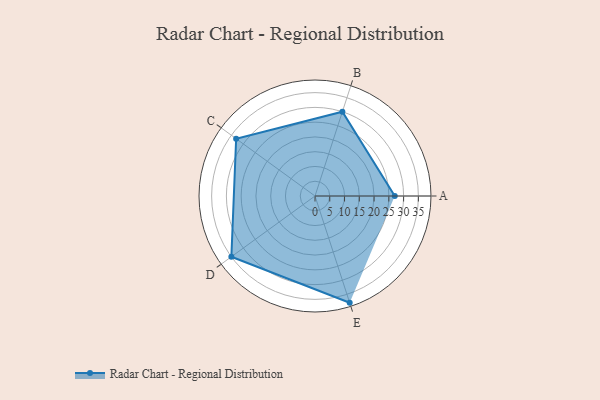
{"axis": {"x": "Skill", "y": "Score"}, "legend": ["Profile"], "data": [{"x": "A", "y": 27.0, "type": "Profile"}, {"x": "B", "y": 30.0, "type": "Profile"}, {"x": "C", "y": 33.0, "type": "Profile"}, {"x": "D", "y": 35.0, "type": "Profile"}, {"x": "E", "y": 38.0, "type": "Profile"}]}